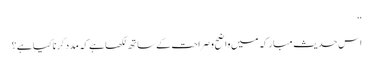
‘‘
اس حدیث مبارکہ میں واضح و صراحت کے ساتھ لکھا ہے کہ مدد کرنا کیا ہے؟